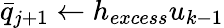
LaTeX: \bar{q}_{j+1}\leftarrow h_{excess}u_{k-1}